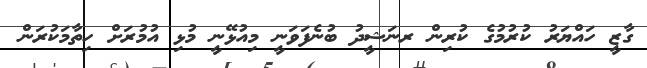
ގާޒީ ހައްޔަރު ކުރުމުގެ ކުރިން ރނަޝީދު ބުނެފަވަނީ މިިއުޅޭނީ މުޅި އުމުރަށް ހިތާމަކުރަން